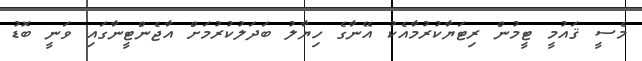
މެސީ ޤައުމީ ޓީމުން ރިޓަޔާކުރުމާއެކު އޭނާގެ ހިޔާލު ބަދަލުކުރުމަށް އާޖެންޓީނާގައި ވަނީ ބޮޑު